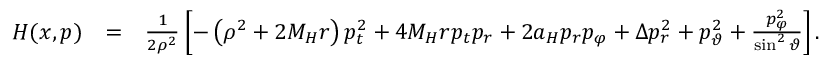
\begin{array} { r l r } { H ( x , p ) } & { = } & { \frac { 1 } { 2 \rho ^ { 2 } } \left[ - \left( \rho ^ { 2 } + 2 M _ { H } r \right) p _ { t } ^ { 2 } + 4 M _ { H } r p _ { t } p _ { r } + 2 a _ { H } p _ { r } p _ { \varphi } + \Delta p _ { r } ^ { 2 } + p _ { \vartheta } ^ { 2 } + \frac { p _ { \varphi } ^ { 2 } } { \sin ^ { 2 } \vartheta } \right] . } \end{array}